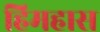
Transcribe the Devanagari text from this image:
हिमहास